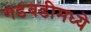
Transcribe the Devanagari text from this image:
गडबडीमध्ये